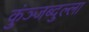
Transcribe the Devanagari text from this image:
कुंञ्जब्दुल्ला